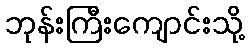
ဘုန်းကြီးကျောင်းသို့